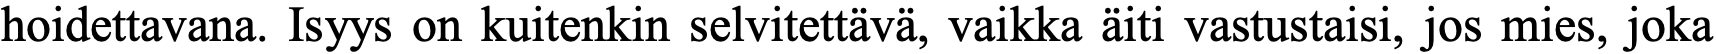
hoidettavana. Isyys on kuitenkin selvitettävä, vaikka äiti vastustaisi, jos mies, joka